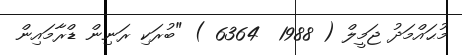
މުޙައްމަދު ޖަމީލް ( 1988  6364 ) "ބުރަކި ރަނިން ޑްރާމައިން